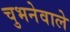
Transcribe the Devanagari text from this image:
चुभनेवाले